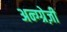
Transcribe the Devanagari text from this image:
अन्ग्ग्रेज़ी